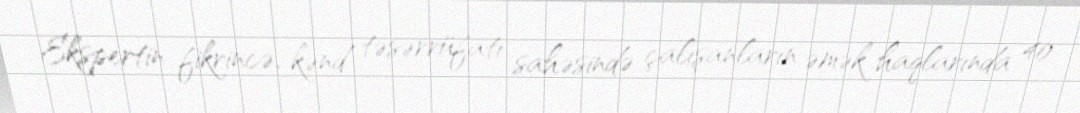
Ekspertin fikrincə, kənd təsərrüfatı sahəsində çalışanların əmək haqlarında 40